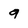
Character: q